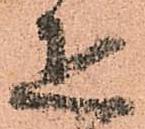
疋